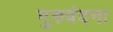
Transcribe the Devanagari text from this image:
गुरुवंदना